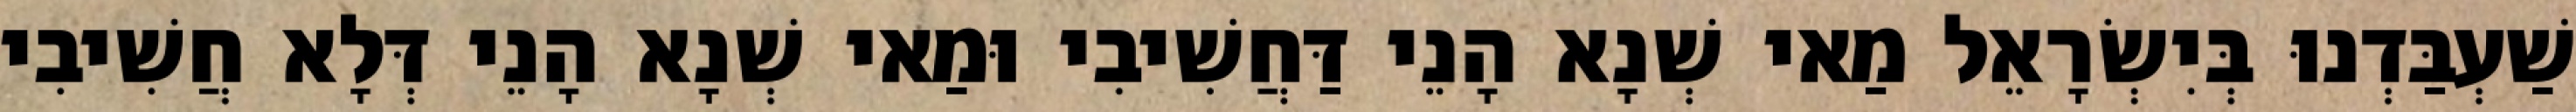
שַׁעְבַּדְנוּ בְּיִשְׂרָאֵל מַאי שְׁנָא הָנֵי דַּחֲשִׁיבִי וּמַאי שְׁנָא הָנֵי דְּלָא חֲשִׁיבִי